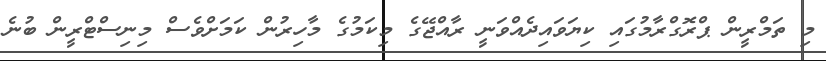
މި ތަމްރީން ޕްރޮގްރާމުގައި ކިޔަވައިދެއްވަނީ ރާއްޖޭގެ މިކަމުގެ މާހިރުން ކަމަށްވެސް މިނިސްޓްރީން ބުނެ